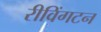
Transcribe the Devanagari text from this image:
रीविंगटन